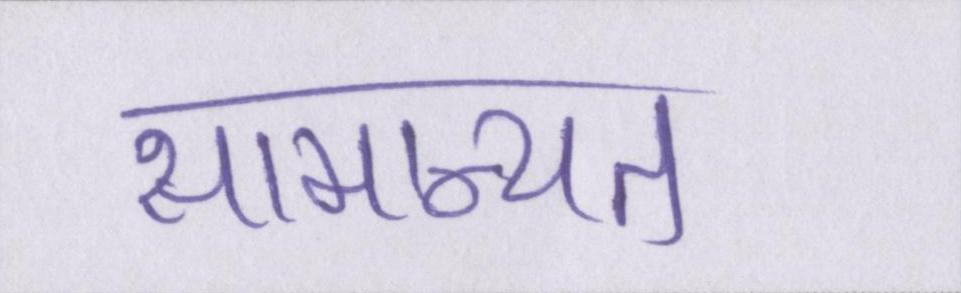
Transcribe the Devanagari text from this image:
सामान्यत